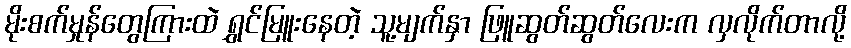
မိုးစက်မှုန်တွေကြားထဲ ရွှင်မြူးနေတဲ့ သူ့မျက်နှာ ဖြူဆွတ်ဆွတ်လေးက လှလိုက်တာလို့